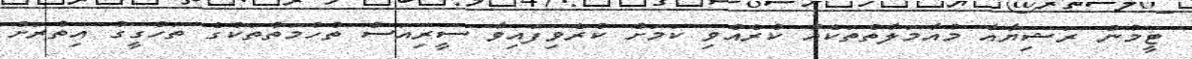
ޓީމުން ރަޝިޔާއާ މުއާމަލާތްތަކެއް ކުރެއްވި ކަމަށް ކުރެވިފައިވާ ސީރިއަސް ތުހުމަތުތަކުގެ ތަހްގީގު އިތުރަށް